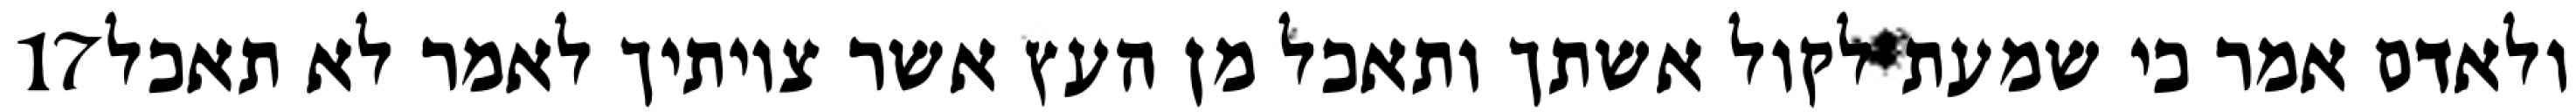
‎17‏ ולאדם אמר כי שמעת לקול אשתך ותאכל מן העץ אשר צויתיך לאמר לא תאכל